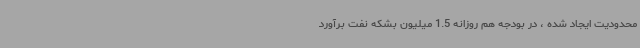
محدودیت ایجاد شده ، در بودجه هم روزانه 1.5 میلیون بشکه نفت برآورد